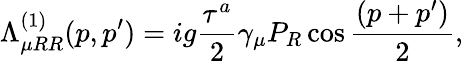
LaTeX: \Lambda_{\mu RR}^{(1)}(p,p^{\prime})=ig{\frac{\tau^{a}}{2}}\gamma_{\mu}P_{R}\cos{\frac{(p+p^{\prime})}{2}},